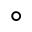
^ \circ